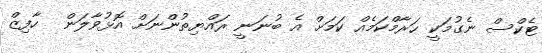
ޓެކްސް ނެގުމަކީ ހަރާމްކަމެއް ކަމަށް އެ ބުނަނީ ރައްޔިތުންނަށް އޮޅުވާލަން  ހާފިޒް